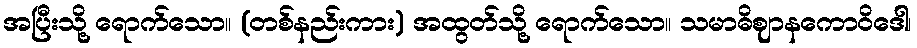
အပြီးသို့ ရောက်သော။ (တစ်နည်းကား) အထွတ်သို့ ရောက်သော။ သမာဓိဈာနကောဝိဒေါ၊